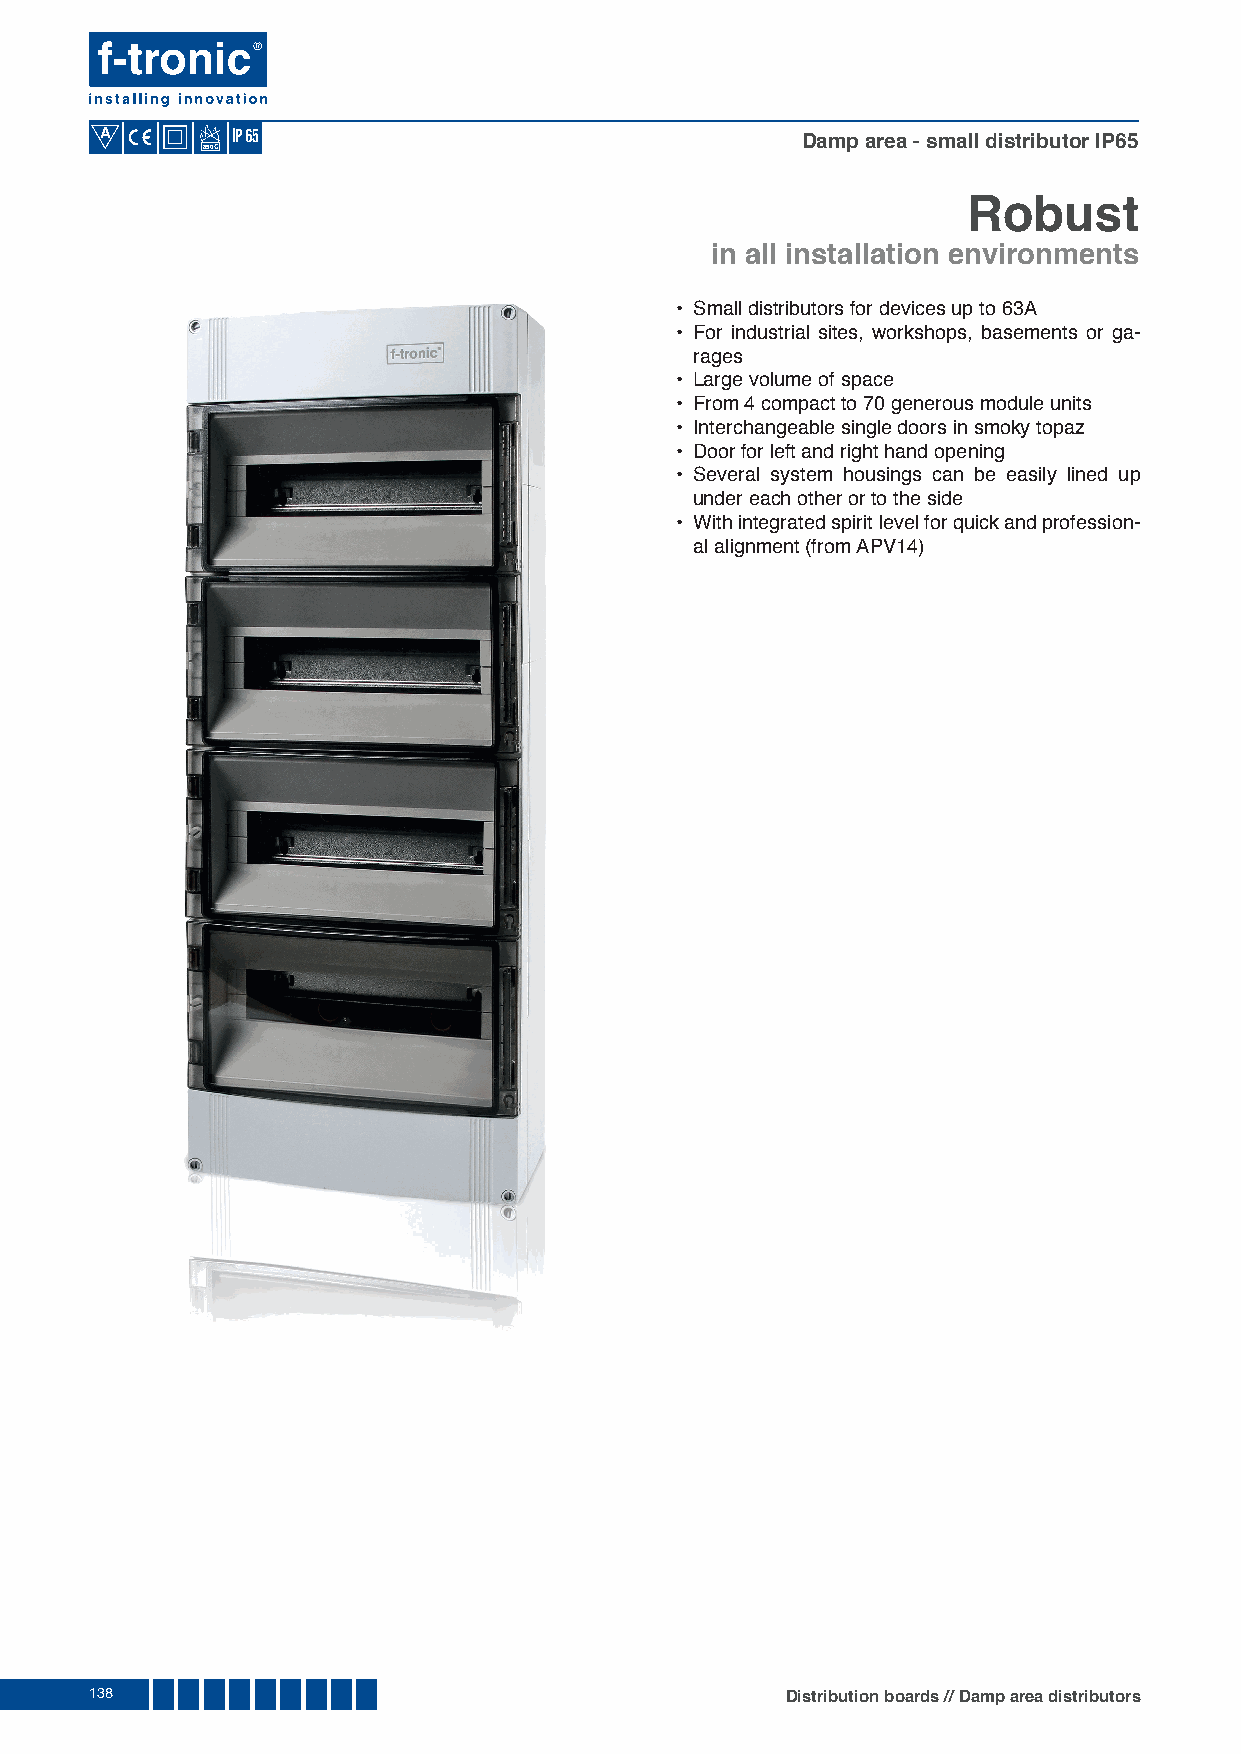
A
 Damp area - small distributor IP65
 850
 Robust
 in all installation environments
 • Small distributors for devices up to 63A
 • For industrial sites, workshops, basements or ga-
 rages
 • Large volume of space
 • From 4 compact to 70 generous module units
 • Interchangeable single doors in smoky topaz
 • Door for left and right hand opening
 • Several system housings can be easily lined up
 under each other or to the side
 • With integrated spirit level for quick and profession-
 al alignment (from APV14)
 138                                           Distribution boards // Damp area distributors